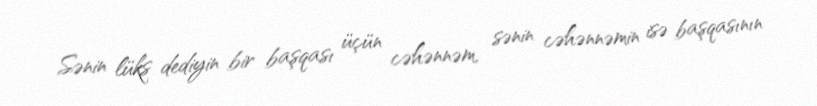
Sənin lüks dediyin bir başqası üçün cəhənnəm, sənin cəhənnəmin isə başqasının